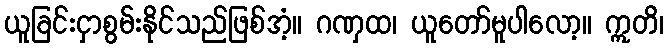
ယူခြင်းငှာစွမ်းနိုင်သည်ဖြစ်အံ့။ ဂဏှထ၊ ယူတော်မူပါလော့။ ဣတိ၊